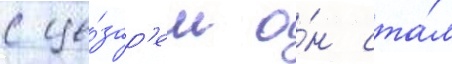
с це́зар'ем о́н ста́л